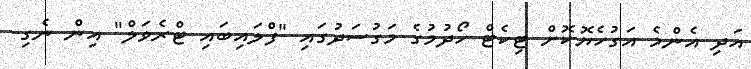
އަދި އެންމެ އަގުހެޔޮކޮށް ޓިކެޓް ހޯދުމުގެ މަގުސަދުގައި "ފްލައިބައި ޓްރެވަލް" އިން ނެގި